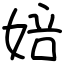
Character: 婄